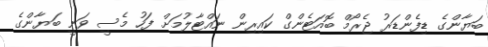
ބަޔާންގެ ޑިފެންޑަރު ޖެރޯމް ބޮއަޓެންގް ކައިރިން ނައްޓާލުމަށް ފަހު މެސީ ވަނީ ބަޔާންގެ